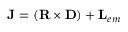
{ \bf J } = ( { \bf R \times D } ) + { \bf L } _ { e m }